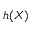
h ( \boldsymbol { X } )